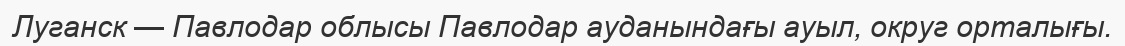
Луганск — Павлодар облысы Павлодар ауданындағы ауыл, округ орталығы.